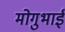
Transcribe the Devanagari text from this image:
मोगुभाई